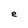
Character: e